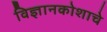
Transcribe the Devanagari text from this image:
विज्ञानकोशाचे